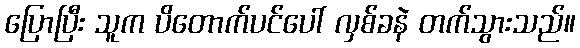
ပြောပြီး သူက ပိတောက်ပင်ပေါ် လှစ်ခနဲ တက်သွားသည်။